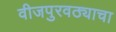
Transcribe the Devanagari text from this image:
वीजपुरवठ्याचा